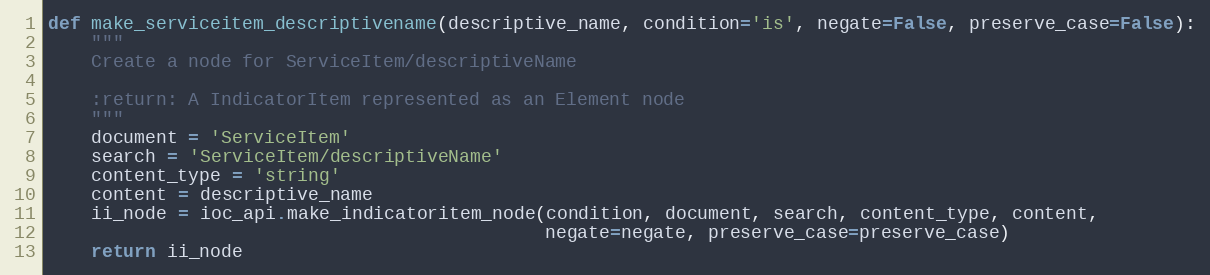
Language: Python
def make_serviceitem_descriptivename(descriptive_name, condition='is', negate=False, preserve_case=False):
    """
    Create a node for ServiceItem/descriptiveName

    :return: A IndicatorItem represented as an Element node
    """
    document = 'ServiceItem'
    search = 'ServiceItem/descriptiveName'
    content_type = 'string'
    content = descriptive_name
    ii_node = ioc_api.make_indicatoritem_node(condition, document, search, content_type, content,
                                              negate=negate, preserve_case=preserve_case)
    return ii_node